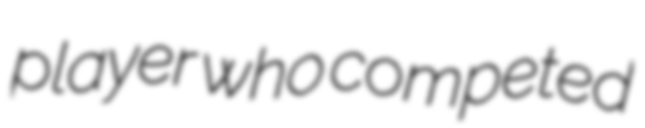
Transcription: player who competed